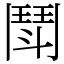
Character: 鬦